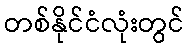
တစ်နိုင်ငံလုံးတွင်